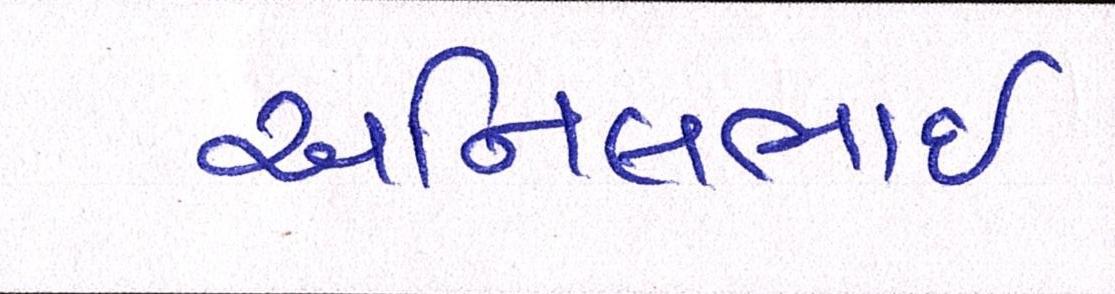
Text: અનિલભાઇ